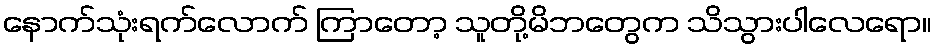
နောက်သုံးရက်လောက် ကြာတော့ သူတို့မိဘတွေက သိသွားပါလေရော။